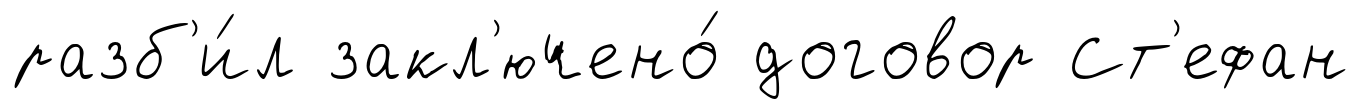
разб'и́л закл'ючено́ договор Ст'ефан